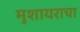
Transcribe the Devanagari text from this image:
मुशायराचा